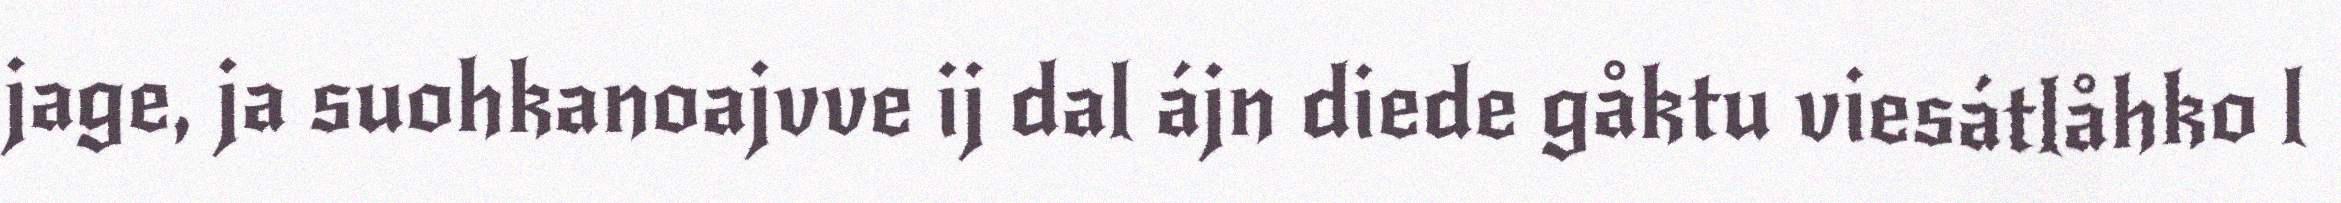
jage, ja suohkanoajvve ij dal ájn diede gåktu viesátlåhko l